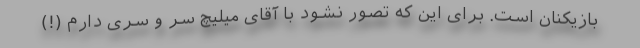
بازیکنان است. برای این که تصور نشود با آقای میلیچ سر و سرّی دارم (!)